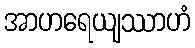
အာဟရေယျဿာဟံ